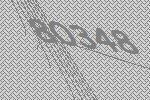
80348